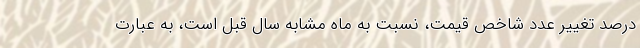
درصد تغییر عدد شاخص قیمت، نسبت به ماه مشابه سال قبل است، به عبارت